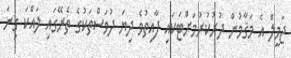
ޖަމީލް އެ މަޤާމުން ދުރުކުރުމަށްޓަކައި ފާއިތުވެ ދިޔަ ދުވަސްތަކުގެ ތެރޭގައި ލައްކަ ގިނަ